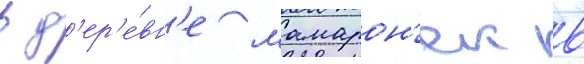
в д'ер'е́вн'е мамарон'ек в